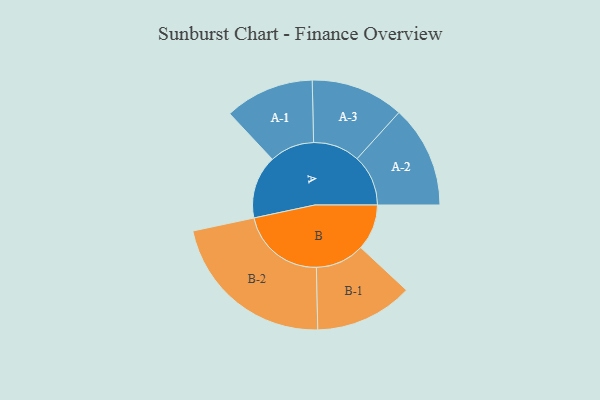
{"axis": {"x": "Segment", "y": "Value"}, "legend": ["", "A", "B"], "data": [{"x": "A", "y": 206, "type": ""}, {"x": "B", "y": 150, "type": ""}, {"x": "A-1", "y": 146, "type": "A"}, {"x": "A-2", "y": 167, "type": "A"}, {"x": "A-3", "y": 152, "type": "A"}, {"x": "B-1", "y": 160, "type": "B"}, {"x": "B-2", "y": 277, "type": "B"}]}